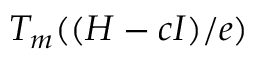
T _ { m } ( ( H - c I ) / e )